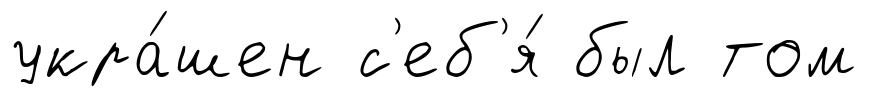
укра́шен с'еб'я́ был том